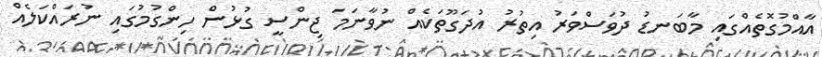
އާއްމުގޮތެއްގައި މާބަނޑު ދުވަސްވަރު އިތުރު އުދަގޫތަކެއް ނުވާނަމަ ޖިންސީ ގުޅުން ހިންގުމުގައި ނުރައްކަލެއް